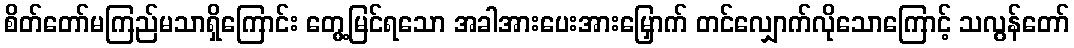
စိတ်တော်မကြည်မသာရှိကြောင်း တွေ့မြင်ရသော အခါအားပေးအားမြှောက် တင်လျှောက်လိုသောကြောင့် သလွန်တော်